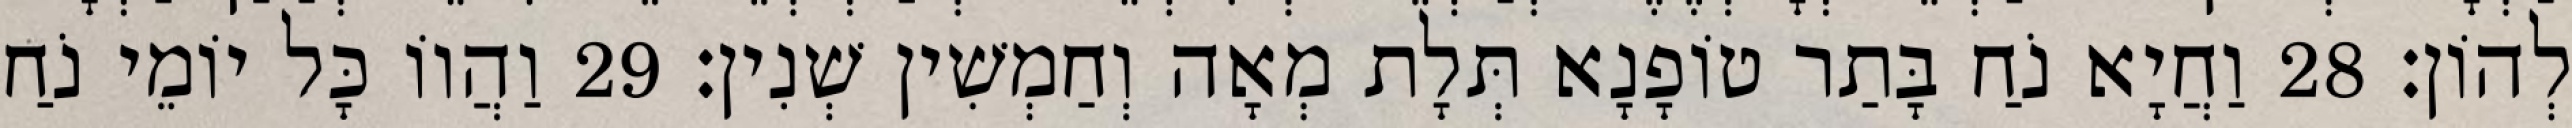
לְהוֹן׃ 28 וַחֲיָא נֹחַ בָּתַר טוֹפָנָא תְּלָת מְאָה וְחַמְשִׁין שְׁנִין׃ 29 וַהֲווֹ כָּל יוֹמֵי נֹחַ